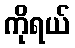
ကိုရယ်